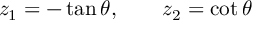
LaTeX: z _ { 1 } = - \tan \theta , \qquad z _ { 2 } = \cot \theta